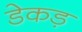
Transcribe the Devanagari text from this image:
डेकड़